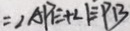
= \angle A P E + \angle E P B